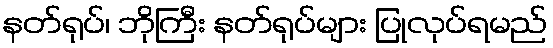
နတ်ရုပ်၊ ဘိုကြီး နတ်ရုပ်များ ပြုလုပ်ရမည်